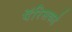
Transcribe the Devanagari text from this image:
पॅरिसकडे